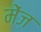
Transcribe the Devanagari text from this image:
मेंज़